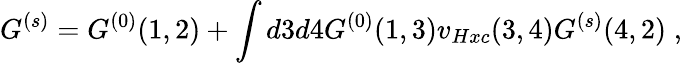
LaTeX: G^{(s)}=G^{(0)}(1,2)+\int d3d4G^{(0)}(1,3)v_{Hxc}(3,4)G^{(s)}(4,2)\; ,